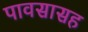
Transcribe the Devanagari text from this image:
पावसासह